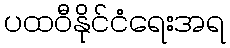
ပထဝီနိုင်ငံရေးအရ